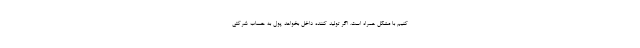
کنیم با مشکل همراه است. اگر تولید کننده داخل بخواهد پول به حساب شرکتی